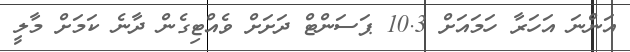
އަންނަ އަހަރާ ހަމައަށް 10.3 ޕަސަންޓް ދަށަށް ވެއްޓިގެން ދާނެ ކަމަށް މާލީ